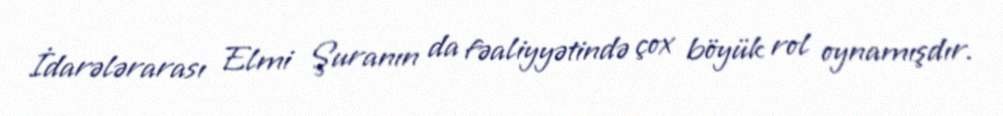
İdarələrarası Elmi Şuranın da fəaliyyətində çox böyük rol oynamışdır.